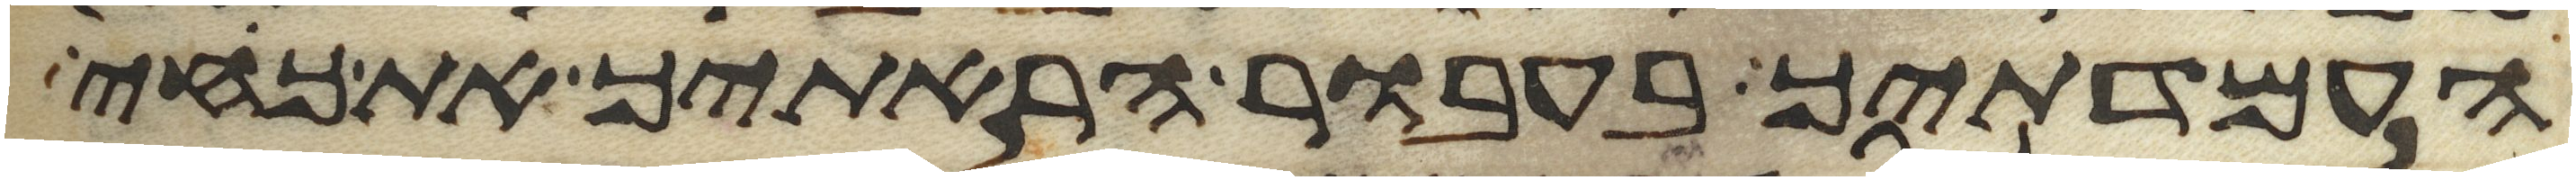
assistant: העמדתיך בעבור הראתיך את כחי